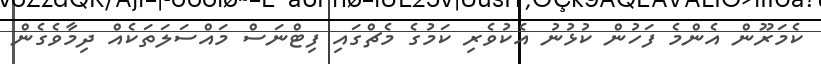
ކެމަަރޫން އެންމެ ފަހުން ކުޅުނު އެކުވެރި ކަމުގެ މެޗްގައި ފިޓްނަސް މައްސަލަތަކެއް ދިމާވެގެން